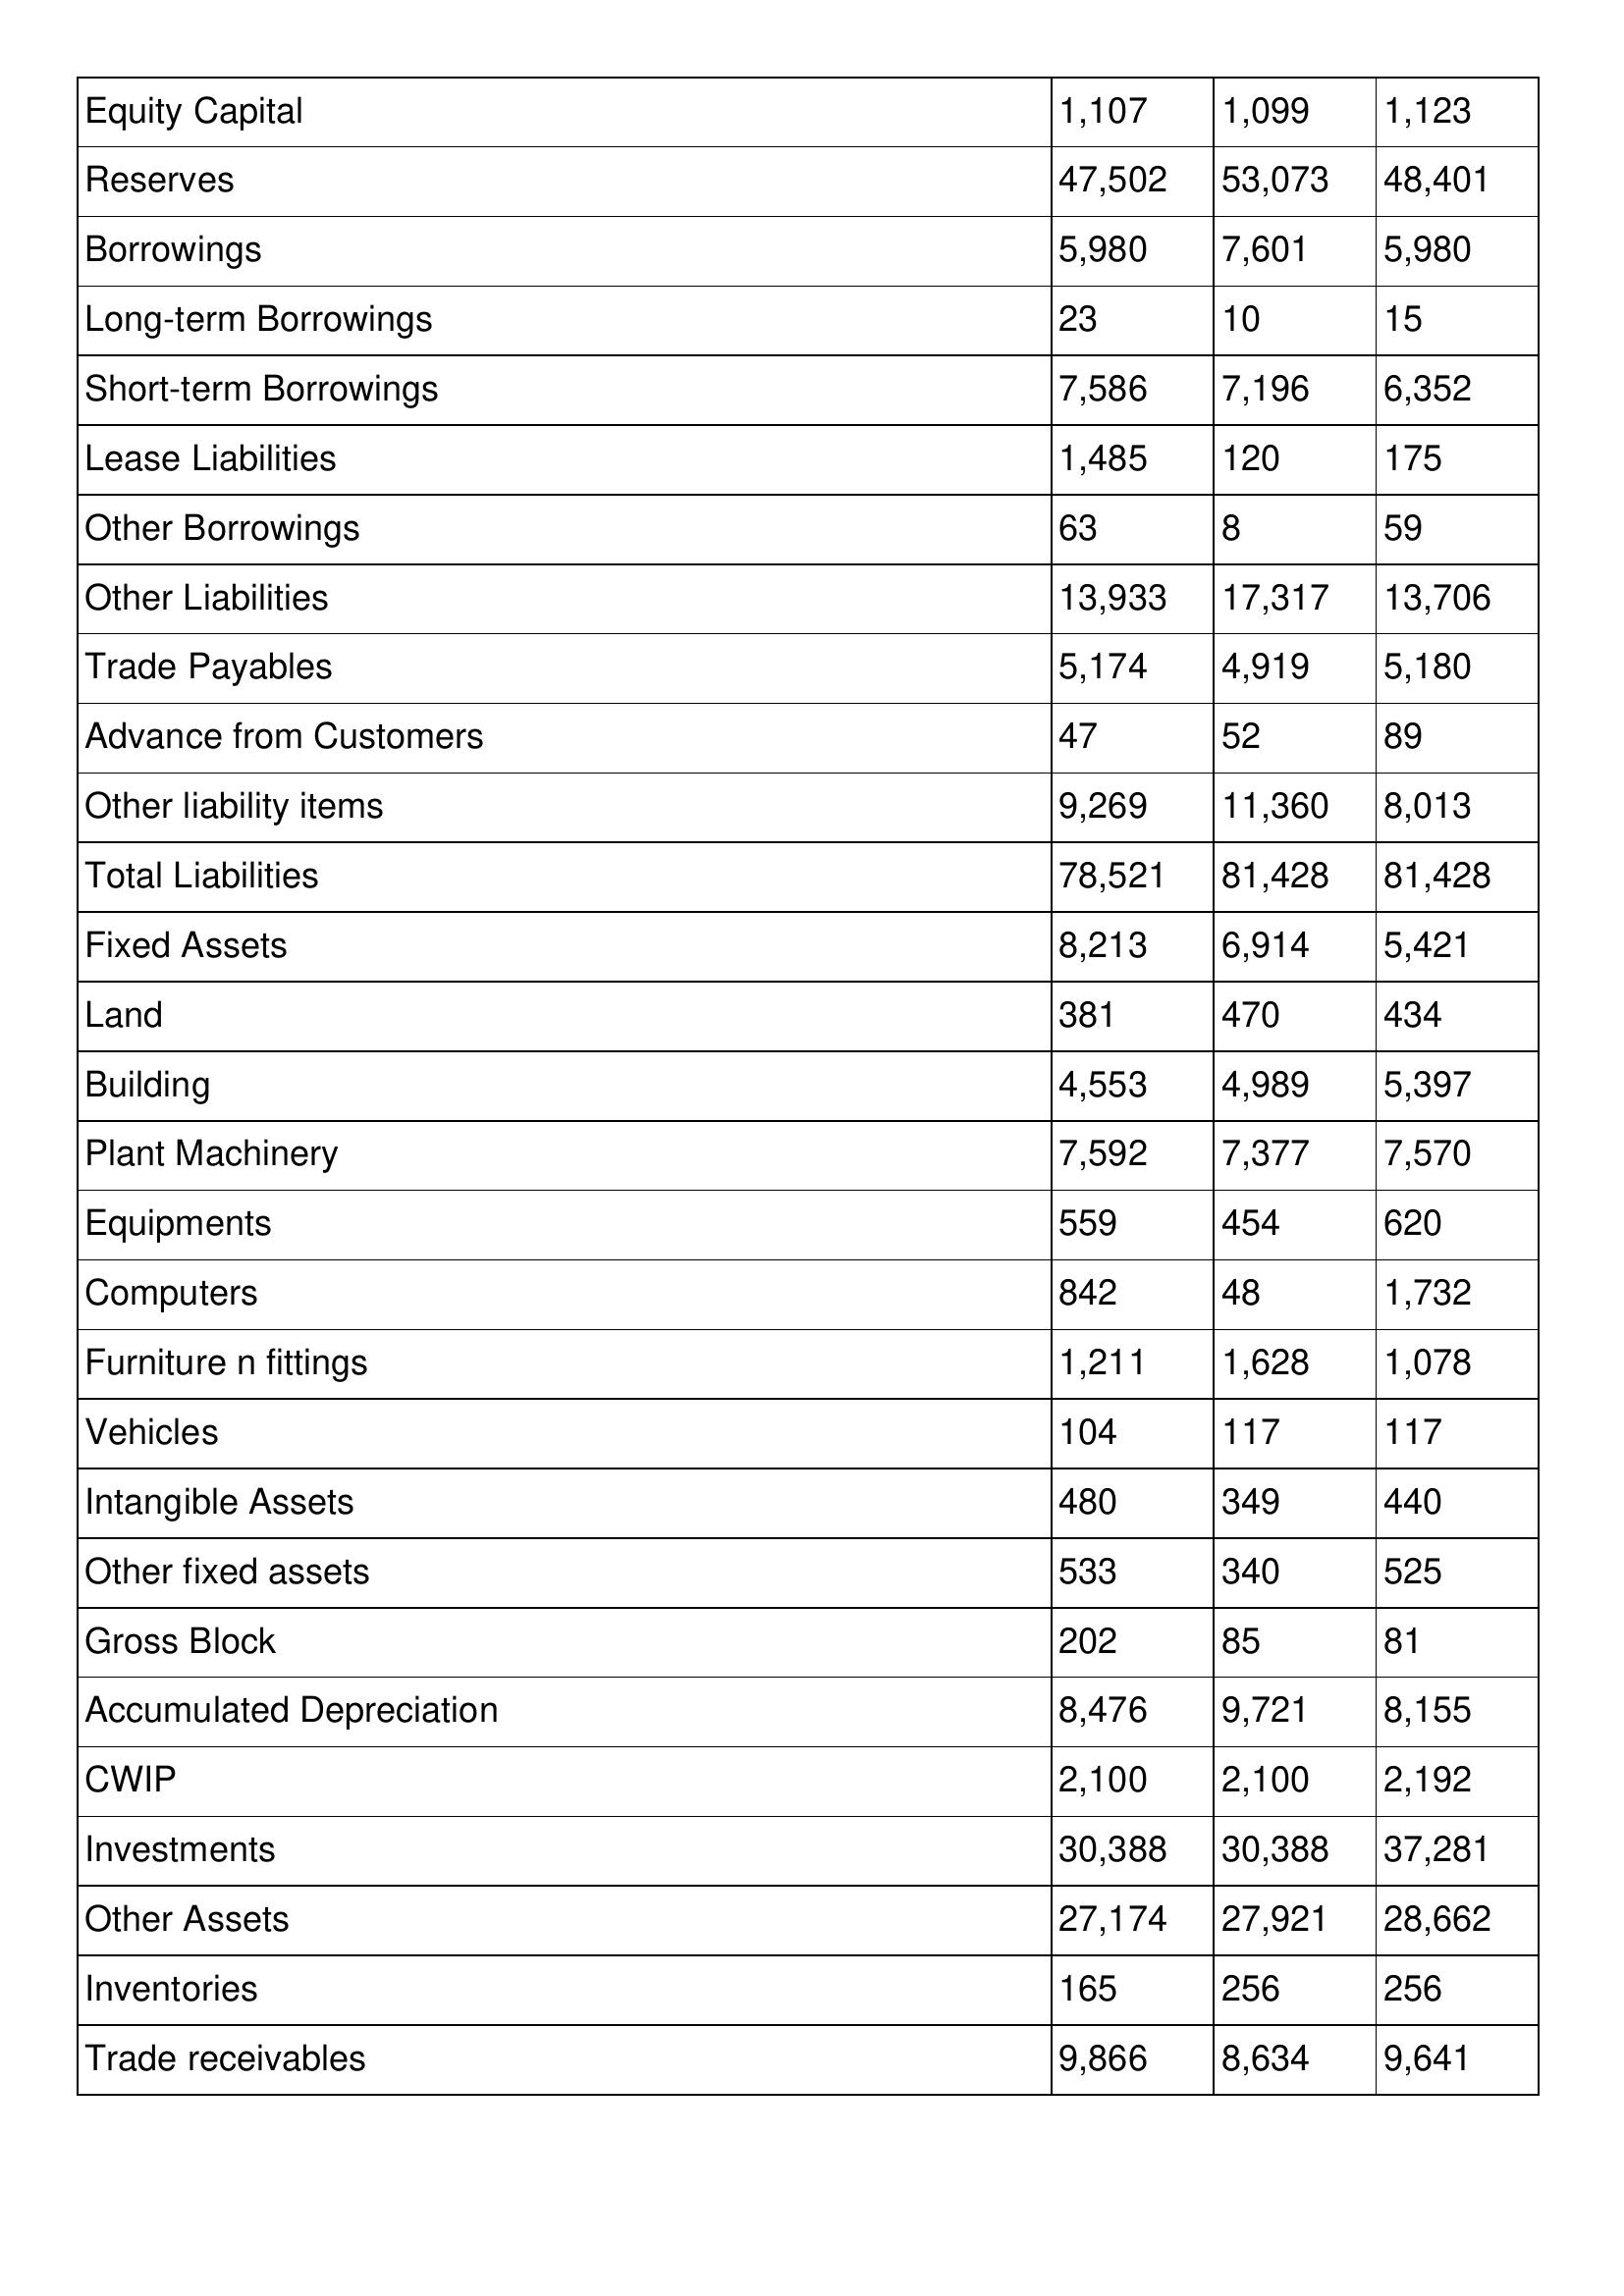
gt_parse: 2017: Balance Sheet: Equity Capital: 1,107
Reserves: 47,502
Borrowings: 5,980
Long-term Borrowings: 23
Short-term Borrowings: 7,586
Lease Liabilities: 1,485
Other Borrowings: 63
Other Liabilities: 13,933
Trade Payables: 5,174
Advance from Customers: 47
Other liability items: 9,269
Total Liabilities: 78,521
Fixed Assets: 8,213
Land: 381
Building: 4,553
Plant Machinery: 7,592
Equipments: 559
Computers: 842
Furniture n fittings: 1,211
Vehicles: 104
Intangible Assets: 480
Other fixed assets: 533
Gross Block: 202
Accumulated Depreciation: 8,476
CWIP: 2,100
Investments: 30,388
Other Assets: 27,174
Inventories: 165
Trade receivables: 9,866
2016: Balance Sheet: Equity Capital: 1,099
Reserves: 53,073
Borrowings: 7,601
Long-term Borrowings: 10
Short-term Borrowings: 7,196
Lease Liabilities: 120
Other Borrowings: 8
Other Liabilities: 17,317
Trade Payables: 4,919
Advance from Customers: 52
Other liability items: 11,360
Total Liabilities: 81,428
Fixed Assets: 6,914
Land: 470
Building: 4,989
Plant Machinery: 7,377
Equipments: 454
Computers: 48
Furniture n fittings: 1,628
Vehicles: 117
Intangible Assets: 349
Other fixed assets: 340
Gross Block: 85
Accumulated Depreciation: 9,721
CWIP: 2,100
Investments: 30,388
Other Assets: 27,921
Inventories: 256
Trade receivables: 8,634
2015: Balance Sheet: Equity Capital: 1,123
Reserves: 48,401
Borrowings: 5,980
Long-term Borrowings: 15
Short-term Borrowings: 6,352
Lease Liabilities: 175
Other Borrowings: 59
Other Liabilities: 13,706
Trade Payables: 5,180
Advance from Customers: 89
Other liability items: 8,013
Total Liabilities: 81,428
Fixed Assets: 5,421
Land: 434
Building: 5,397
Plant Machinery: 7,570
Equipments: 620
Computers: 1,732
Furniture n fittings: 1,078
Vehicles: 117
Intangible Assets: 440
Other fixed assets: 525
Gross Block: 81
Accumulated Depreciation: 8,155
CWIP: 2,192
Investments: 37,281
Other Assets: 28,662
Inventories: 256
Trade receivables: 9,641